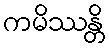
ကမိဿန္တိ